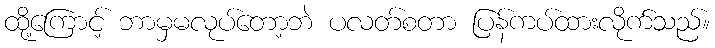
ထို့ကြောင့် ဘာမှမလုပ်တော့ဘဲ ပလတ်စတာ ပြန်ကပ်ထားလိုက်သည်။